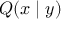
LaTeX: Q ( x \mid y )